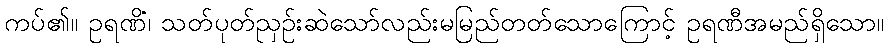
ကပ်၏။ ဥရဏိံ၊ သတ်ပုတ်ညှဉ်းဆဲသော်လည်းမမြည်တတ်သောကြောင့် ဥရဏီအမည်ရှိသော။